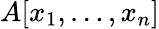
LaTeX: A[x_{1},\ldots,x_{n}]